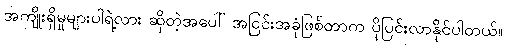
အကျိုးရှိမှုများပါရဲ့လား ဆိုတဲ့အပေါ် အငြင်းအခုံဖြစ်တာက ပိုပြင်းလာနိုင်ပါတယ်။